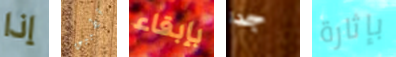
إذا تطبيق بإبقاء جدا بإثارة